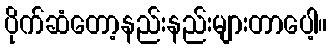
ပိုက်ဆံတော့နည်းနည်းများတာပေါ့။